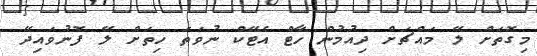
މިގޮތަށް ލޭ މައްޗަށް ދިއުމުން ހާޓް އެޓޭކް ނުވަތަ ހިތަށް ލޭ ފޮނުވައިދޭ